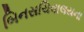
બિનસચિવાલયના